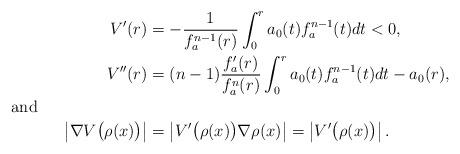
LaTeX: \begin{align*} V'(r) &= - \frac{1}{f_a^{n-1}(r)} \int_0^r a_0(t) f_a^{n-1}(t) dt < 0,\\ V''(r)&= (n-1) \frac{f_a^\prime(r)}{f_a^n(r)} \int_0^r a_0(t) f_a^{n-1}(t) dt - a_0(r),\\\noalign{and} \left|\nabla V\big(\rho(x)\big)\right| &= \left| V'\big(\rho(x)\big) \nabla \rho(x)\right| = \left|V'\big(\rho(x)\big)\right|. \end{align*}